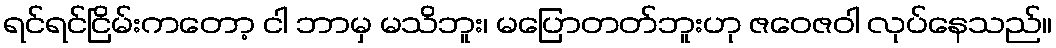
ရင်ရင်ငြိမ်းကတော့ ငါ ဘာမှ မသိဘူး၊ မပြောတတ်ဘူးဟု ဇဝေဇဝါ လုပ်နေသည်။